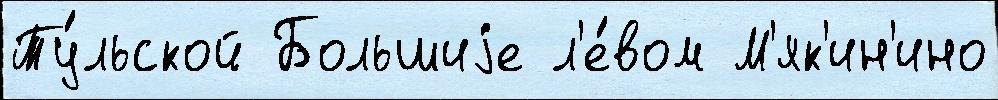
Ту́льской Большиjе л'е́вом М'як'ин'ино